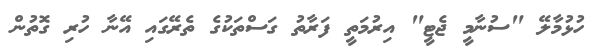
ހުޅުމާލޭ "ސުނާމީ ޖެޓީ" އިރުމަތީ ފަރާތު ގަސްތަކުގެ ތެރޭގައި އޭނާ ހުރި ގޮތުން